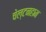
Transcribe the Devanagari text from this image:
चेल्टनहाम